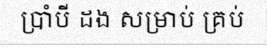
ប្រាំបី ដង សម្រាប់ គ្រប់